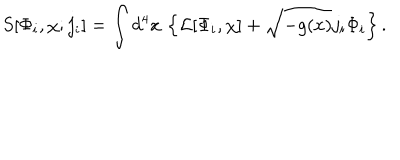
S [ \Phi _ { i } , \chi ; j _ { i } ] = \int d ^ { 4 } x \, \left\{ { \cal L } [ \Phi _ { i } , \chi ] + \sqrt { - g ( x ) } j _ { i } \Phi _ { i } \right\} .